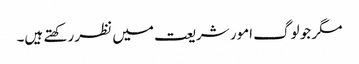
مگر جو لوگ امور شریعت میں نظر رکھتے ہیں۔